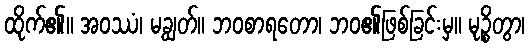
ထိုက်၏။ အဝဿံ၊ မချွတ်။ ဘဝစာရတော၊ ဘဝ၏ဖြစ်ခြင်းမှ။ မုဉ္စိတွာ၊